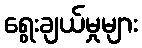
ရွေးချယ်မှုများ